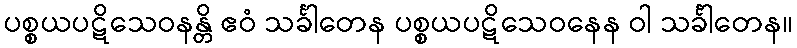
ပစ္စယပဋိသေဝနန္တိ ဧဝံ သင်္ခါတေန ပစ္စယပဋိသေဝနေန ဝါ သင်္ခါတေန။